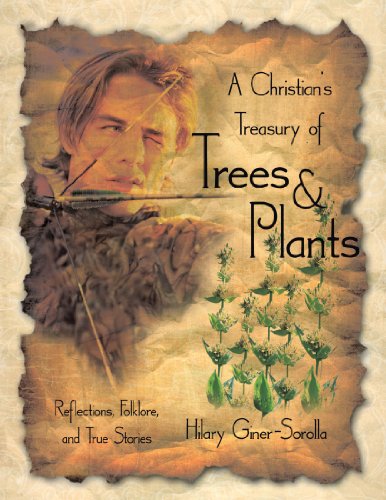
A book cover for A Christian's Treasury of Trees & Plants; Hilary Giner-Sorolla; Science & Math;